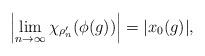
LaTeX: \begin{align*}\left|\lim_{n \to \infty} \chi_{\rho'_n}(\phi(g))\right|=|x_0(g)|, \end{align*}